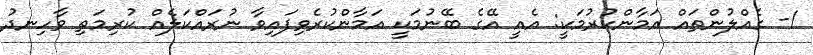
1- ގެއްލުންތައް އަމާންކުރުމަކީ: އެއީ އޭގެ ބޭނުމަކީ އަމާންކުރެވިފައިވާ ނުރައްކަލެއް ކުރިމަތި ވާހިނދު